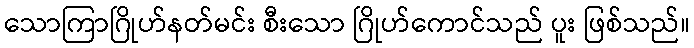
သောကြာဂြိုဟ်နတ်မင်း စီးသော ဂြိုဟ်ကောင်သည် ပူး ဖြစ်သည်။